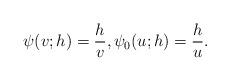
LaTeX: \begin{align*}\psi(v;h)=\frac{h}{v},\psi_0(u;h)=\frac{h}{u}.\end{align*}